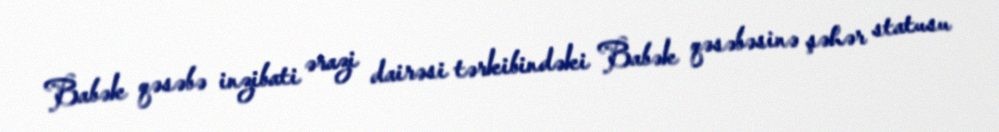
Babək qəsəbə inzibati ərazi dairəsi tərkibindəki Babək qəsəbəsinə şəhər statusu